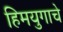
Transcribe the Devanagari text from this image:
हिमयुगाचे